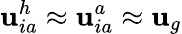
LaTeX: {\mathbf u}_{ia}^{h}\approx{\mathbf u}_{ia}^{a}\approx{\mathbf u}_{g}